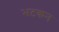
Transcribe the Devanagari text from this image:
भटकन